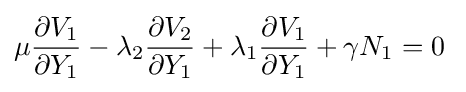
\mu {\frac {\partial V_{1}}{\partial Y_{1}}}-\lambda _{2}{\frac {\partial V_{2}}{\partial Y_{1}}}+\lambda _{1}{\frac {\partial V_{1}}{\partial Y_{1}}}+\gamma N_{1}=0\;